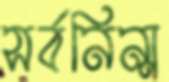
সর্বনিন্ম